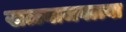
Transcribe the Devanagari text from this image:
खळ्याजवळ्या